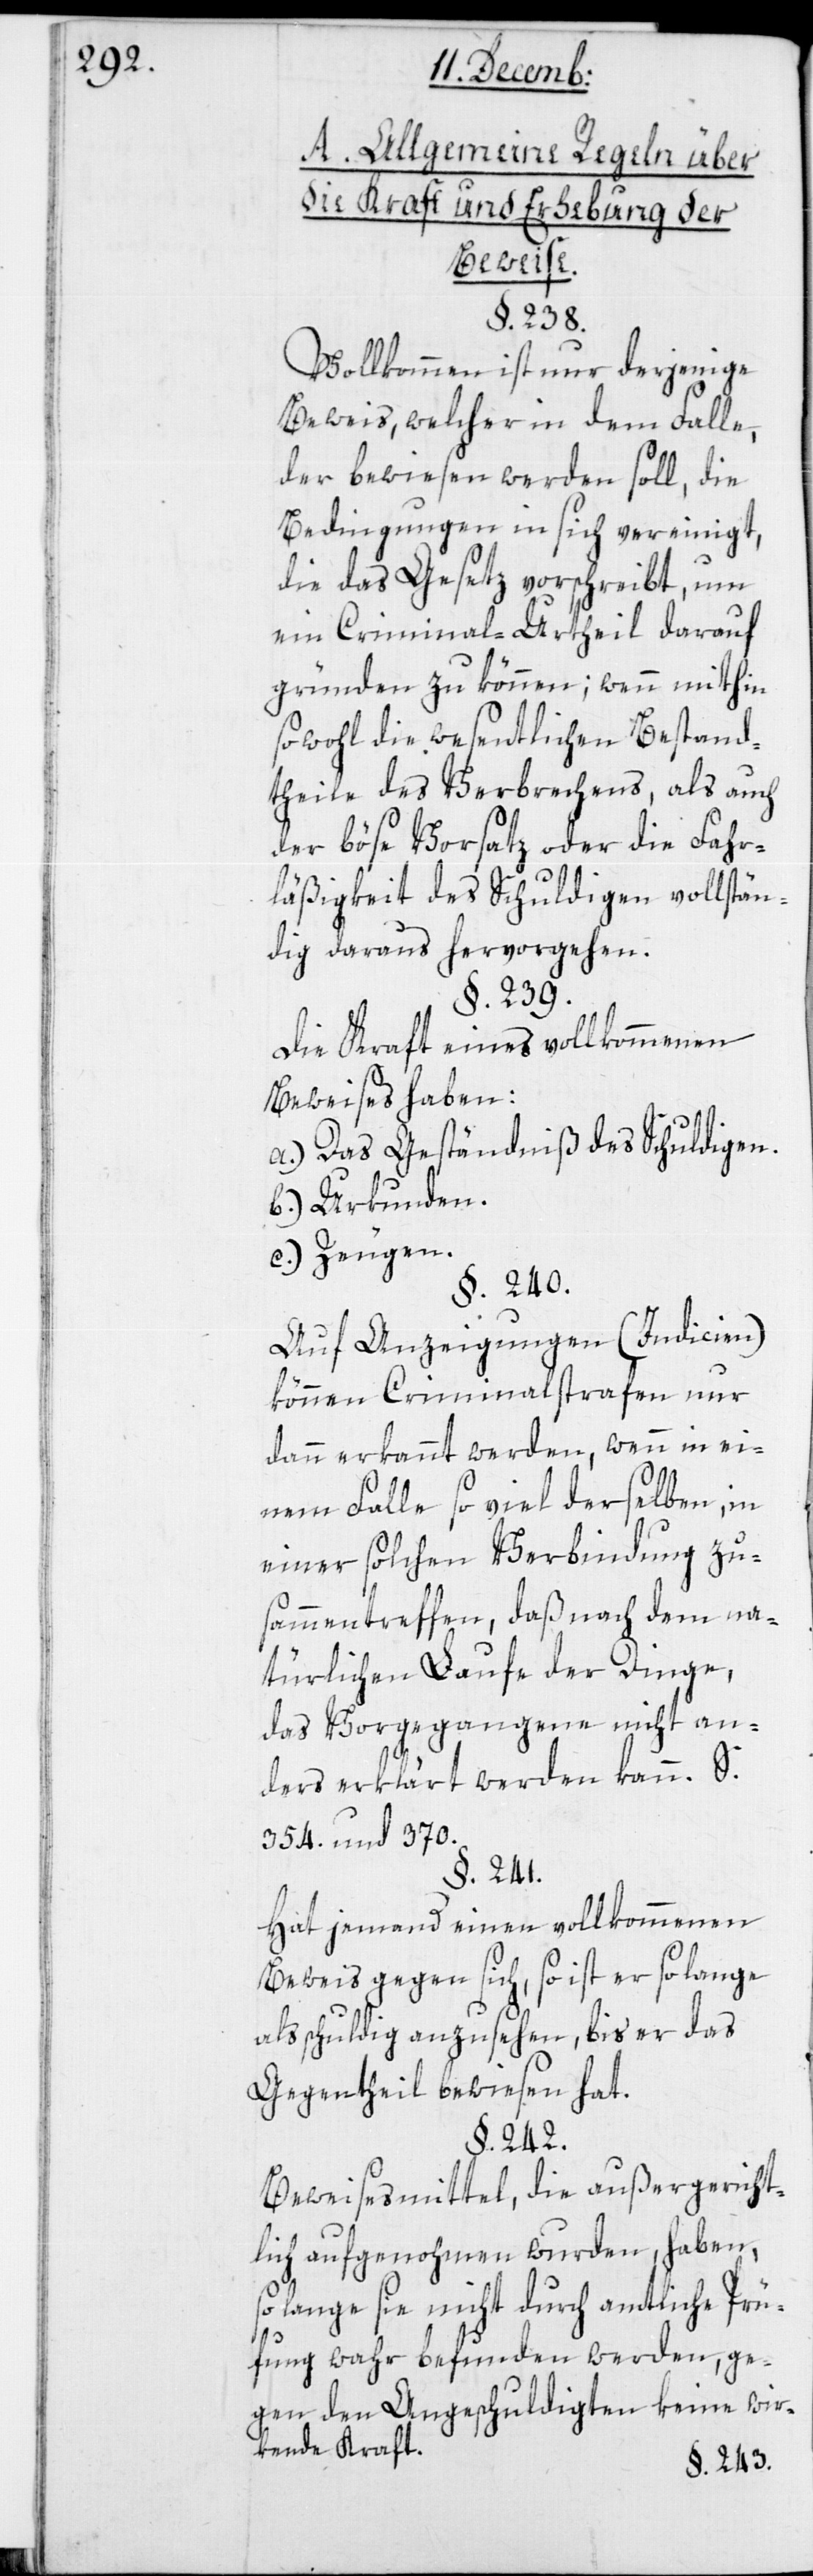
A. Allgemeine Regeln über
die Kraft und Erhebung der
Beweise.
§. 238.
Vollkommen ist nur derjenige
Beweis, welcher in dem Falle,
der bewiesen werden soll, die
Bedingungen in sich vereinigt,
die das Gesetz vorschreibt, um
ein Criminal-Urtheil darauf
gründen zu können; wenn mithin
sowohl die wesentlichen Bestand¬
theile des Verbrechens, als auch
der böse Vorsatz oder die Fahr¬
läßigkeit des Schuldigen vollstän¬
dig daraus hervorgehen.
§. 239.
Die Kraft eines vollkommenen
Beweises haben:
a.) Das Geständniß des Schuldigen.
b.) Urkunden.
c.) Zeugen.
§. 240.
Auf Anzeigungen (Indicien)
können Criminalstrafen nur
dann erkannt werden, wenn in ei¬
nem Falle so viel derselben, in
einer solchen Verbindung zu¬
sammentreffen, daß nach dem na¬
türlichen Laufe der Dinge,
das Vorgegangene nicht an¬
ders erklärt werden kann. S.
354. und 370.
§. 241.
Hat jemand einen vollkommenen
Beweis gegen sich, so ist er solange
als schuldig anzusehen, bis er das
Gegentheil bewiesen hat.
§. 242.
Beweismittel, die außergericht¬
lich aufgenohmen wurden, haben,
so lange sie nicht durch amtliche Prü¬
fung wahr befunden werden, ge¬
gen den Angeschuldigten keine wir¬
kende Kraft.